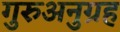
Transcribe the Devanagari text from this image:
गुरुअनुग्रह